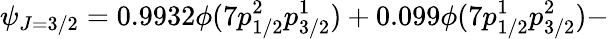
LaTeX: \psi_{J=3/2}=0.9932\phi(7p_{1/2}^{2}p_{3/2}^{1})+0.099\phi(7p_{1/2}^{1}p_{3/2}^{2})-